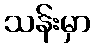
သန်းမှာ